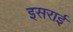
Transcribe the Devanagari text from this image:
इसराई